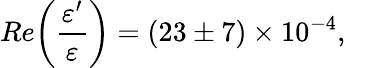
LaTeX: Re\biggl(\frac{\varepsilon^{\prime}}{\varepsilon}\biggr)=(23\pm 7)\times 10^{-4},\, \, \, \, \, \,